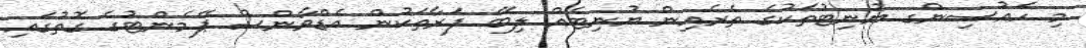
މި ހައުސިންގ ޔުނިޓުތަކުގެ ތެރެއިން ޔުނިޓެއް ލިބޭ ފަރާތަކުން އެޑްވާންސް ޕޭމެންޓުގެ ގޮތުގައި